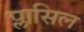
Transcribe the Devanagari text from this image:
प्लासिल